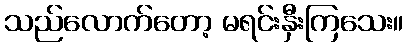
သည်လောက်တော့ မရင်းနှီးကြသေး။